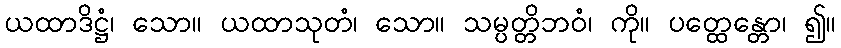
ယထာဒိဋ္ဌံ၊ သော။ ယထာသုတံ၊ သော။ သမ္ပတ္တိဘဝံ၊ ကို။ ပတ္ထေန္တော၊ ၍။